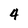
Character: 4